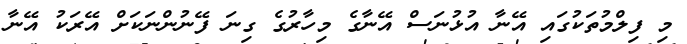
މި ފިލްމުތަކުގައި އޭނާ އުޅުނަސް އޭނާގެ މިހާރުގެ ގިނަ ފޭނުންނަކަށް އޭރަކު އޭނާ